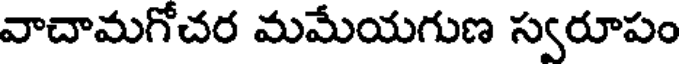
వాచామగోచర మమేయగుణ స్వరూపం